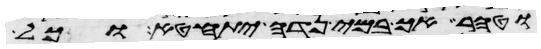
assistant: וטהר אך במי נדה יתחטא וכל